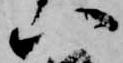
八